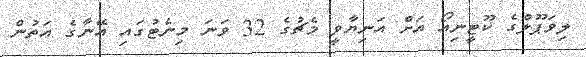
ލިވަޕޫލްގެ ކޫޓީނިއޯ އަށް އަނިޔާވީ މެޗުގެ 32 ވަނަ މިނެޓުގައި އޭނާގެ އަތުން